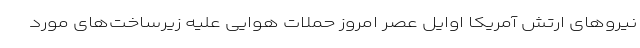
نیروهای ارتش آمریکا اوایل عصر امروز حملات هوایی علیه زیرساخت‌های مورد